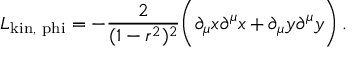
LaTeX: { \cal L } _ { \mathrm { k i n , \ p h i } } = - { \frac { 2 } { ( 1 - r ^ { 2 } ) ^ { 2 } } } \bigg ( \partial _ { \mu } x \partial ^ { \mu } x + \partial _ { \mu } y \partial ^ { \mu } y \bigg ) \, .